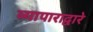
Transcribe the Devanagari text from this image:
व्यापाराद्वारे